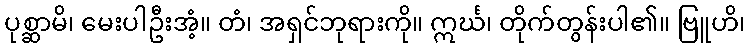
ပုစ္ဆာမိ၊ မေးပါဦးအံ့။ တံ၊ အရှင်ဘုရားကို။ ဣင်္ဃ၊ တိုက်တွန်းပါ၏။ ဗြူဟိ၊